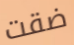
ضقت